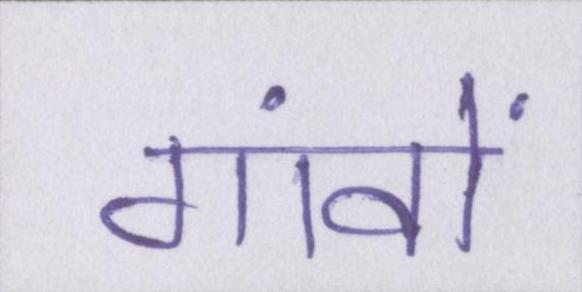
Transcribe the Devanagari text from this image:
गांवों